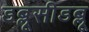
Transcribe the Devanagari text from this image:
डब्लूसीडब्लू